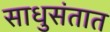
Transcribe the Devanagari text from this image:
साधुसंतात